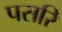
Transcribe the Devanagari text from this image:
पसरि